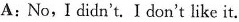
A: No, I didn't. I don't like it.